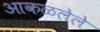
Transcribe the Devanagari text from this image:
आकळलेले